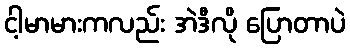
ငါ့မာမားကလည်း အဲဒီလို ပြောတာပဲ